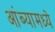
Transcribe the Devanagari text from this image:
आंब्यामध्ये